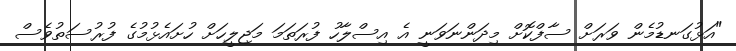
"އަޅުގަނޑުމެން ވަރަށް ސާފްކޮށް މިދަންނަވަނީ އެ އިސްލާހު ފުރަތަމަ މަޖިލީހަށް ހުށައެޅުމުގެ ފުރުސަތުވެސް